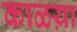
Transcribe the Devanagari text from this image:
काळय़ा